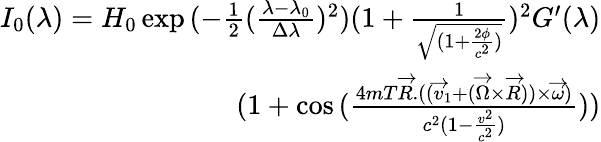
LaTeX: \begin{array}{r}{I_{0}(\lambda)=H_{0}\exp{(-\frac{1}{2}(\frac{\lambda-\lambda_{0}}{\Delta\lambda})^{2})(1+\frac{1}{\sqrt{(1+\frac{2\phi}{c^{2}})}})^{2}}G^{\prime}(\lambda)}\\ {(1+\cos{(\frac{4mT\overrightarrow{R}.((\overrightarrow{v}_{1}+(\overrightarrow{\Omega}\times\overrightarrow{R}))\times\overrightarrow{\omega})}{c^{2}(1-\frac{v^{2}}{c^{2}})})})}\end{array}